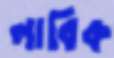
লাবিক